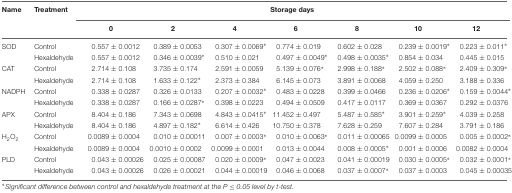
<table><thead><tr><td><b>Name</b></td><td><b>Treatment</b></td><td colspan="7"><b>Storage days</b></td></tr><tr><td></td><td></td><td><b>0</b></td><td><b>2</b></td><td><b>4</b></td><td><b>6</b></td><td><b>8</b></td><td><b>10</b></td><td><b>12</b></td></tr></thead><tbody><tr><td>SOD</td><td>Control</td><td>0.557 ± 0.0012</td><td>0.389 ± 0.0053</td><td>0.307 ± 0.0069*</td><td>0.774 ± 0.019</td><td>0.602 ± 0.028</td><td>0.239 ± 0.0019*</td><td>0.223 ± 0.011*</td></tr><tr><td></td><td>Hexaldehyde</td><td>0.557 ± 0.0012</td><td>0.346 ± 0.0039*</td><td>0.510 ± 0.021</td><td>0.497 ± 0.0049*</td><td>0.498 ± 0.0035*</td><td>0.854 ± 0.034</td><td>0.445 ± 0.015</td></tr><tr><td>CAT</td><td>Control</td><td>2.714 ± 0.108</td><td>3.735 ± 0.174</td><td>2.591 ± 0.0059</td><td>5.139 ± 0.076*</td><td>2.998 ± 0.188*</td><td>2.502 ± 0.088*</td><td>2.409 ± 0.309*</td></tr><tr><td></td><td>Hexaldehyde</td><td>2.714 ± 0.108</td><td>1.633 ± 0.122*</td><td>2.373 ± 0.384</td><td>6.145 ± 0.073</td><td>3.891 ± 0.0068</td><td>4.059 ± 0.250</td><td>3.188 ± 0.336</td></tr><tr><td>NADPH</td><td>Control</td><td>0.338 ± 0.0287</td><td>0.326 ± 0.0133</td><td>0.207 ± 0.0032*</td><td>0.483 ± 0.0228</td><td>0.399 ± 0.0466</td><td>0.236 ± 0.0206*</td><td>0.159 ± 0.0044*</td></tr><tr><td></td><td>Hexaldehyde</td><td>0.338 ± 0.0287</td><td>0.166 ± 0.0287*</td><td>0.398 ± 0.0223</td><td>0.494 ± 0.0509</td><td>0.417 ± 0.0117</td><td>0.369 ± 0.0367</td><td>0.292 ± 0.0376</td></tr><tr><td>APX</td><td>Control</td><td>8.404 ± 0.186</td><td>7.343 ± 0.0698</td><td>4.843 ± 0.0415*</td><td>11.452 ± 0.497</td><td>5.487 ± 0.585*</td><td>3.901 ± 0.259*</td><td>4.039 ± 0.258</td></tr><tr><td></td><td>Hexaldehyde</td><td>8.404 ± 0.186</td><td>4.897 ± 0.182*</td><td>6.614 ± 0.426</td><td>10.750 ± 0.378</td><td>7.628 ± 0.259</td><td>7.607 ± 0.284</td><td>3.791 ± 0.186</td></tr><tr><td>H<sub>2</sub>O<sub>2</sub></td><td>Control</td><td>0.0089 ± 0.0004</td><td>0.010 ± 0.00011</td><td>0.007 ± 0.0003*</td><td>0.010 ± 0.0063*</td><td>0.011 ± 0.00065</td><td>0.0099 ± 0.0005</td><td>0.005 ± 0.0002*</td></tr><tr><td></td><td>Hexaldehyde</td><td>0.0089 ± 0.0004</td><td>0.0010 ± 0.0002</td><td>0.0099 ± 0.0001</td><td>0.013 ± 0.0044</td><td>0.008 ± 0.0005*</td><td>0.001 ± 0.0006</td><td>0.0082 ± 0.0004</td></tr><tr><td>PLD</td><td>Control</td><td>0.043 ± 0.00026</td><td>0.025 ± 0.00087</td><td>0.020 ± 0.0009*</td><td>0.047 ± 0.0023</td><td>0.041 ± 0.00019</td><td>0.030 ± 0.0005*</td><td>0.032 ± 0.0001*</td></tr><tr><td></td><td>Hexaldehyde</td><td>0.043 ± 0.00026</td><td>0.026 ± 0.00021</td><td>0.044 ± 0.00019</td><td>0.046 ± 0.0068</td><td>0.037 ± 0.0007*</td><td>0.037 ± 0.0003</td><td>0.045 ± 0.00035</td></tr></tbody></table>